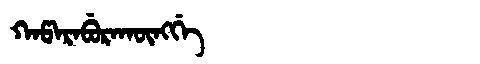
Manchu: ᡴᠠᡦᠠᡵᠠᠪᡠᡵᠠᡴᡡᠩᡤᡝ
Romanization: KAPARABURAKŪNGGE